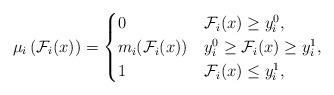
LaTeX: \begin{align*}\mu_{i}\left(\mathcal{F}_{i}(x)\right)=\begin{cases}0 & \mathcal{F}_{i}(x)\geq y_{i}^{0},\\m_{i}(\mathcal{F}_i(x)) & y_{i}^{0}\geq \mathcal{F}_{i}(x)\geq y_{i}^{1},\\1 & \mathcal{F}_{i}(x)\leq y_{i}^{1},\end{cases} \end{align*}